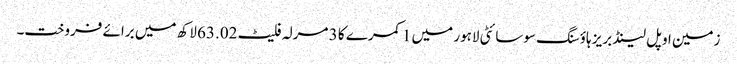
زمین اوپل لینڈ بریز ہاؤسنگ سوسائٹی لاہور میں 1 کمرے کا 3 مرلہ فلیٹ 63.02 لاکھ میں برائے فروخت۔